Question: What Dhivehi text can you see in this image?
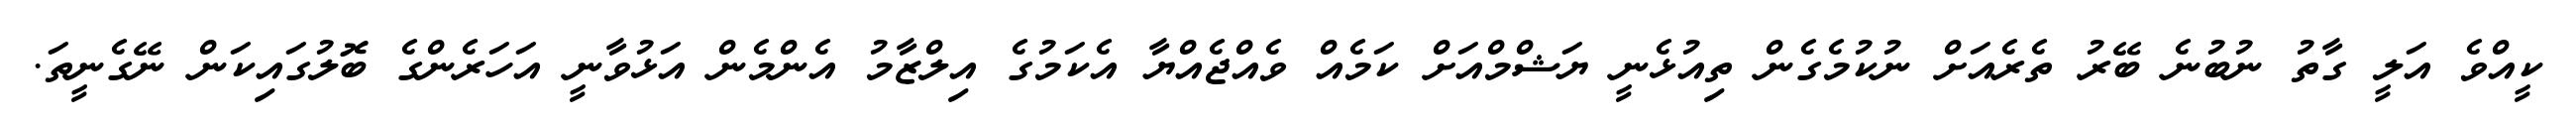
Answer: ކީއްވެ އަލީ ގާތު ނުބުނެ ބޭރު ތެރެއަށް ނުކުމެގެން ތިއުޅެނީ ޔަޝްމްއަށް ކަމެއް ވެއްޖެއްޔާ އެކަމުގެ އިލްޒާމު އެންމެން އަޅުވާނީ އަހަރެންގެ ބޮލުގައިކަން ނޭގެނީތަ.